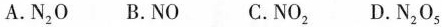
A.N_{2}O B.NO C.NO_{2} D.N_{2}O_{5}